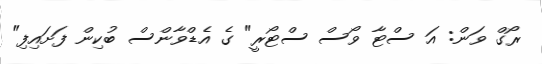
ރޯގް ވަން: އަ ސްޓާ ވޯސް ސްޓޯރީ" ގެ އެޑްވާންސް ބުކިން ފަށައިފި"